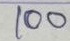
100